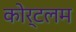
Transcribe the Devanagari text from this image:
कोर्टलम